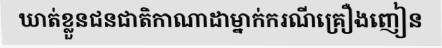
ឃាត់ខ្លួនជនជាតិកាណាដាម្នាក់ករណីគ្រឿងញៀន